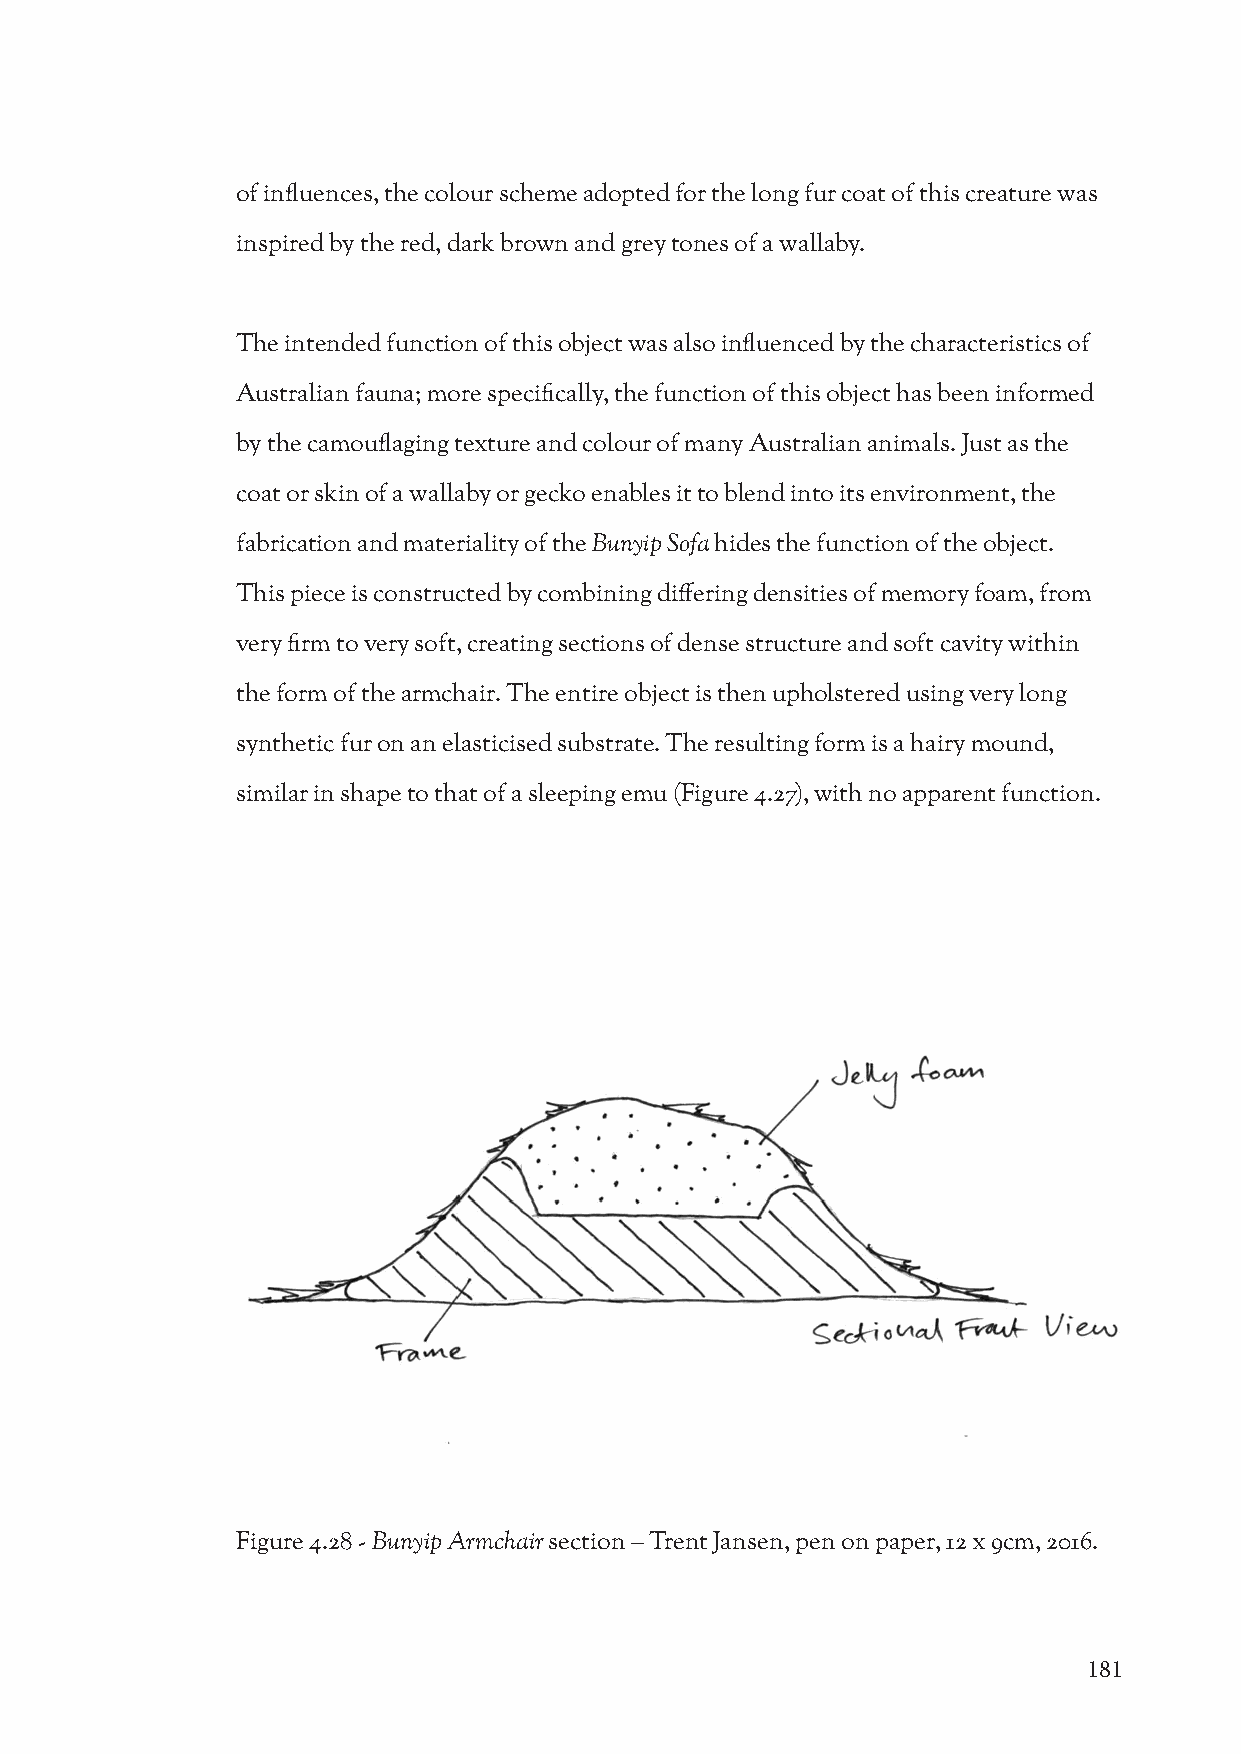
of influences, the colour scheme adopted for the long fur coat of this creature was
 inspired by the red, dark brown and grey tones of a wallaby.
 The intended function of this object was also influenced by the characteristics of
 Australian fauna; more specifically, the function of this object has been informed
 by the camouflaging texture and colour of many Australian animals. Just as the
 coat or skin of a wallaby or gecko enables it to blend into its environment, the
 fabrication and materiality of the Bunyip Sofa hides the function of the object.
 This piece is constructed by combining differing densities of memory foam, from
 very firm to very soft, creating sections of dense structure and soft cavity within
 the form of the armchair. The entire object is then upholstered using very long
 synthetic fur on an elasticised substrate. The resulting form is a hairy mound,
 similar in shape to that of a sleeping emu (Figure 4.27), with no apparent function.
 Figure 4.28 - Bunyip Armchair section – Trent Jansen, pen on paper, 12 x 9cm, 2016.
 181